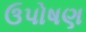
ઉપોષણ